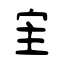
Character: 宔